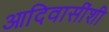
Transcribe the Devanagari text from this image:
आदिवासींशी